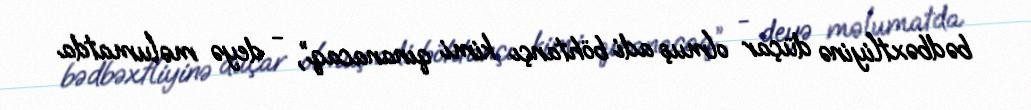
bədbəxtliyinə düçar olmuş adi böhtançı kimi qınanacaq”, - deyə məlumatda